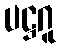
ပဋ္ဌဂူ